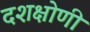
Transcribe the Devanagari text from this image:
दशक्षोणी